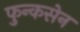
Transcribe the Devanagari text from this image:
फुन्कसेन